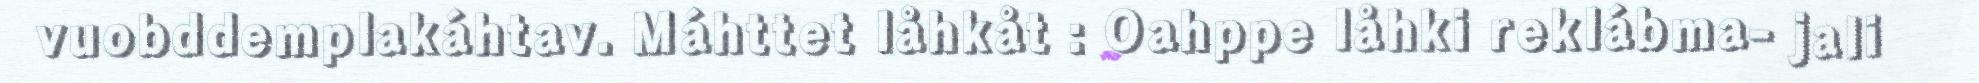
vuobddemplakáhtav. Máhttet låhkåt : Oahppe låhki reklábma- jali